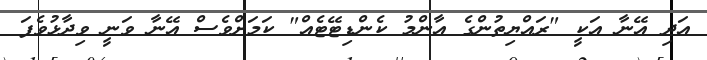
އަދި އޭނާ އަކީ "ރައްޔިތުންގެ އާންމު ކެންޑިޓޭޓެއް" ކަމަށްވެސް އޭނާ ވަނީ ވިދާޅުވެފަ